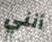
أنني